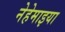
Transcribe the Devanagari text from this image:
नेहेमाइया